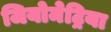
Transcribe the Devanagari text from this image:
जियोमेट्रिया